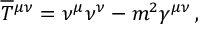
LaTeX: \overline { { T } } { ^ { \mu \nu } } = \nu ^ { \mu } \nu ^ { \nu } - m ^ { 2 } \gamma ^ { \mu \nu } \, ,